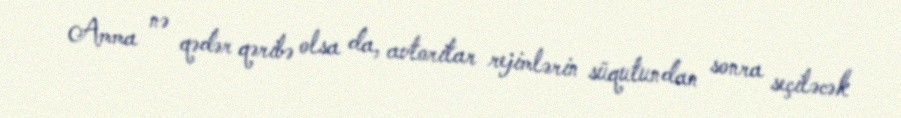
Amma nə qədər qəribə olsa da, avtoritar rejimlərin süqutundan sonra seçiləcək